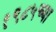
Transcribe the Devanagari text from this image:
१९८५च्या